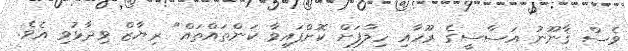
ވެސް ޤާނޫނު އަސާސީގެ ރޫހާއި ހިލާފަށް ކޮށްފައިވާ ކަންތައްތައް" ރިޔާޒް ވިދާޅުވި އެވެ.